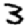
Digit: 3